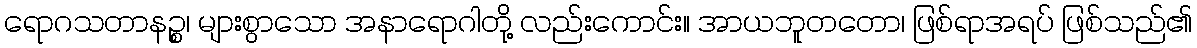
ရောဂသတာနဉ္စ၊ များစွာသော အနာရောဂါတို့ လည်းကောင်း။ အာယဘူတတော၊ ဖြစ်ရာအရပ် ဖြစ်သည်၏